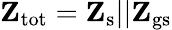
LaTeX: \mathbf{Z}_{\mathrm{tot}}=\mathbf{Z}_{\mathrm{s}}\mathrm{||\mathbf{Z}_{\mathrm{gs}}}